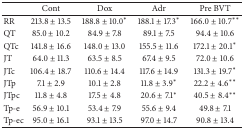
<table><thead><tr><td><b> </b></td><td><b>Cont</b></td><td><b>Dox</b></td><td><b>Adr</b></td><td><b>Pre BVT</b></td></tr></thead><tbody><tr><td>RR</td><td>213.8 ± 13.5</td><td>188.8 ± 10.0*</td><td>188.1 ± 17.3*</td><td>166.0 ± 10.7**</td></tr><tr><td>QT</td><td>85.0 ± 10.2</td><td>84.9 ± 7.8</td><td>89.1 ± 7.5</td><td>94.4 ± 10.6</td></tr><tr><td>QTc</td><td>141.8 ± 16.6</td><td>148.0 ± 13.0</td><td>155.5 ± 11.6</td><td>172.1 ± 20.1*</td></tr><tr><td>JT</td><td>64.0 ± 11.3</td><td>63.5 ± 8.5</td><td>67.4 ± 9.5</td><td>72.0 ± 10.6</td></tr><tr><td>JTc</td><td>106.4 ± 18.7</td><td>110.6 ± 14.4</td><td>117.6 ± 14.9</td><td>131.3 ± 19.7*</td></tr><tr><td>JTp</td><td>7.1 ± 2.9</td><td>10.1 ± 2.8</td><td>11.8 ± 3.9*</td><td>22.2 ± 4.6**</td></tr><tr><td>JTpc</td><td>11.8 ± 4.8</td><td>17.5 ± 4.8</td><td>20.6 ± 7.1*</td><td>40.5 ± 8.4**</td></tr><tr><td>Tp-e</td><td>56.9 ± 10.1</td><td>53.4 ± 7.9</td><td>55.6 ± 9.4</td><td>49.8 ± 7.1</td></tr><tr><td>Tp-ec</td><td>95.0 ± 16.1</td><td>93.1 ± 13.5</td><td>97.0 ± 14.7</td><td>90.8 ± 13.4</td></tr></tbody></table>